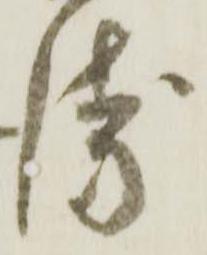
衛